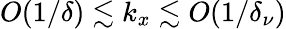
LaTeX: O(1/\delta)\lesssim k_{x}\lesssim O(1/\delta_{\nu})